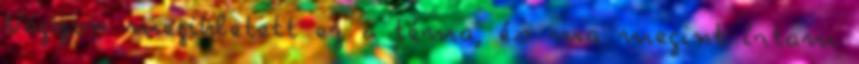
Nagyon megihletett ez a téma, és ma megint írtam